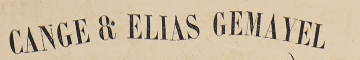
CANGE & ELIAS GEMAYEL